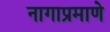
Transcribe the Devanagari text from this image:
नागाप्रमाणे